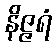
နိဇ္ဇရံ